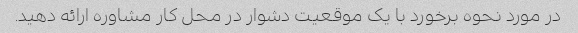
در مورد نحوه برخورد با یک موقعیت دشوار در محل کار مشاوره ارائه دهید.